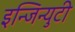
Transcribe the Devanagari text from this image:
इन्जिन्युटी